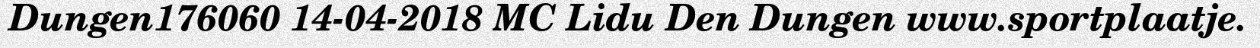
Dungen176060 14-04-2018 MC Lidu Den Dungen www.sportplaatje.